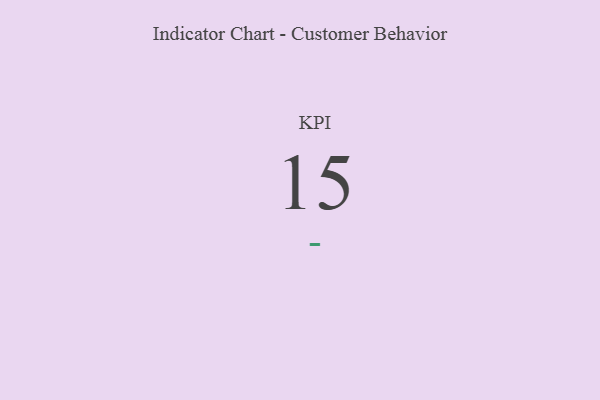
{"axis": {"x": "KPI", "y": "Value"}, "legend": [""], "data": [{"x": "KPI", "y": 15, "type": ""}]}